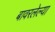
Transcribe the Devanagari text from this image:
बावरलेल्या